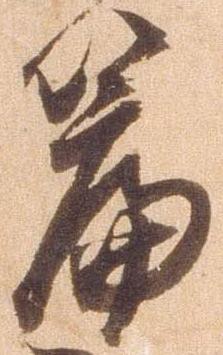
篇